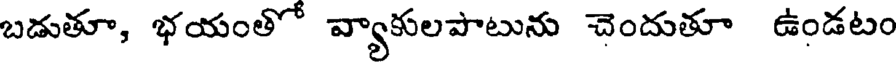
బడుతూ, భయంతో వ్యాకులపాటును చెందుతూ ఉండటం